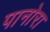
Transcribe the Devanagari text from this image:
पानोरा